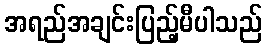
အရည်အချင်းပြည့်မီပါသည်